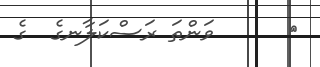
٥      ވަންތަ ރަސްކަލާނގެ  ގެ